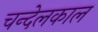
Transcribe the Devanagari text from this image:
चन्देलकाल